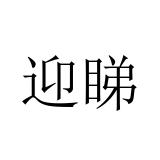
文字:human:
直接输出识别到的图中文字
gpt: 迎睇